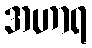
အဟာရ